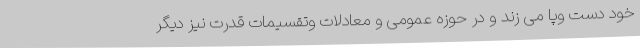
خود دست وپا می زند و در حوزه عمومی و معادلات وتقسیمات قدرت نیز دیگر